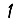
Digit: 1